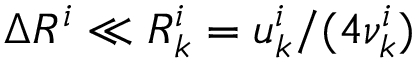
\Delta R ^ { i } \ll { \cal R } _ { k } ^ { i } = u _ { k } ^ { i } / ( 4 \nu _ { k } ^ { i } )